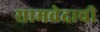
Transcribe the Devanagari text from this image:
सामवेदाची